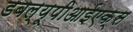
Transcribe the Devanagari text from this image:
डबल्यूपीआईएक्स